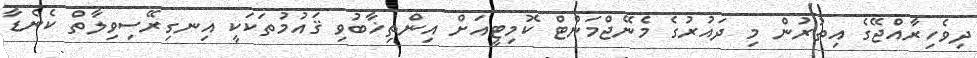
ދިވެހިރާއްޖޭގެ އިތުރުން މި ދައުރުގެ މެނޭޖްމަންޓް ކޮމިޓީއަށް އިންތިޚާބުވި ޤައުމުތަކަކީ އިނގިރޭސިވިލާތް ކެނެޑާ